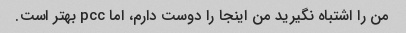
من را اشتباه نگیرید من اینجا را دوست دارم، اما pcc بهتر است.